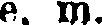
e. m.